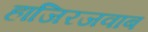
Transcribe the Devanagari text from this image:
हाजिरजवाब